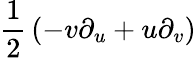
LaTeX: {\frac{1}{2}}\left(-v\partial_{u}+u\partial_{v}\right)